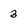
Character: 3